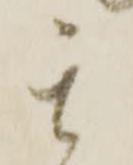
其